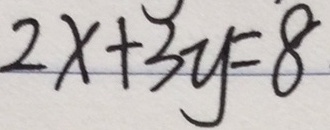
2 x + 3 y = 8